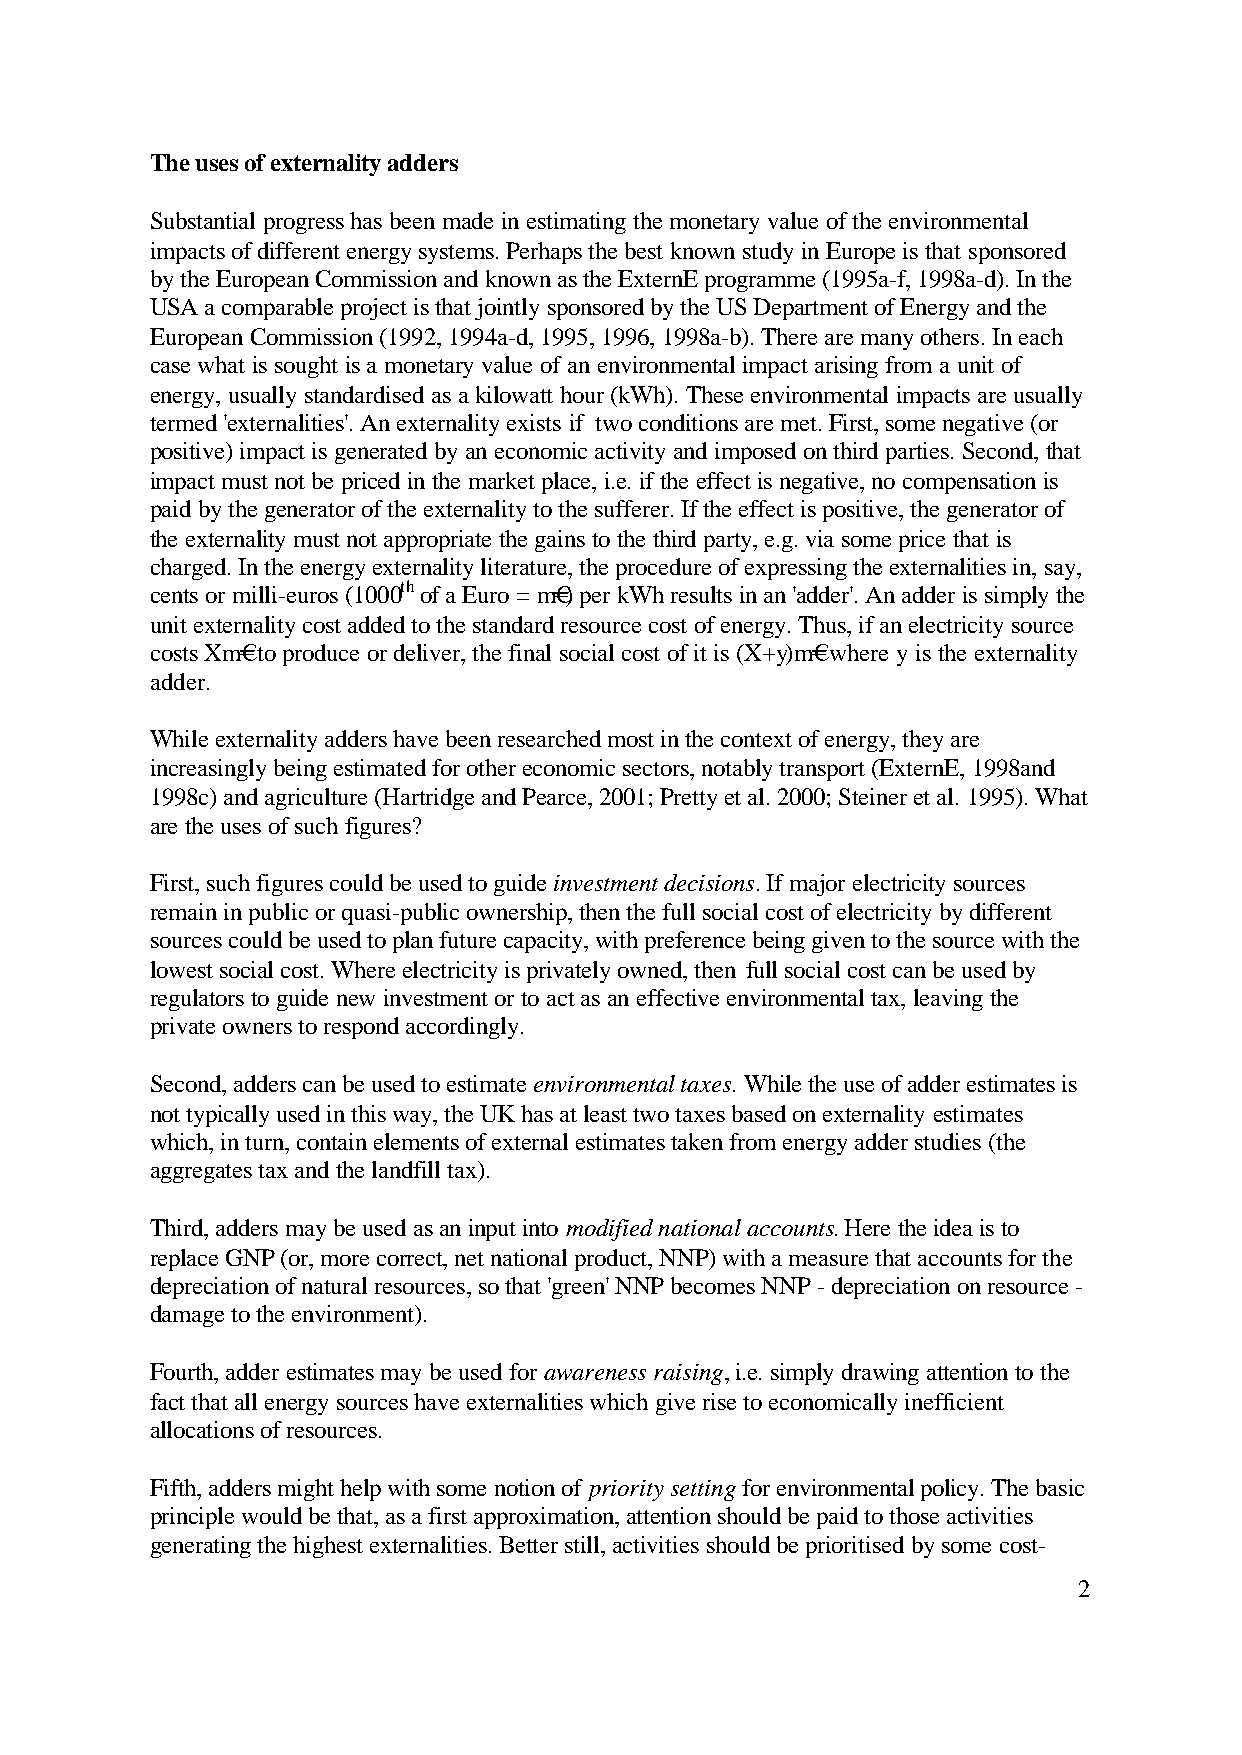
The uses of externality adders
 Substantial progress has been made in estimating the monetary value of the environmental
 impacts of different energy systems. Perhaps the best known study in Europe is that sponsored
 by the European Commission and known as the ExternE programme (1995a-f, 1998a-d). In the
 USA a comparable project is that jointly sponsored by the US Department of Energy and the
 European Commission (1992, 1994a-d, 1995, 1996, 1998a-b). There are many others. In each
 case what is sought is a monetary value of an environmental impact arising from a unit of
 energy, usually standardised as a kilowatt hour (kWh). These environmental impacts are usually
 termed 'externalities'. An externality exists if two conditions are met. First, some negative (or
 positive) impact is generated by an economic activity and imposed on third parties. Second, that
 impact must not be priced in the market place, i.e. if the effect is negative, no compensation is
 paid by the generator of the externality to the sufferer. If the effect is positive, the generator of
 the externality must not appropriate the gains to the third party, e.g. via some price that is
 charged. In the energy externality literature, the procedure of expressing the externalities in, say,
 cents or milli-euros (1000th of a Euro = m)€ per kWh results in an 'adder'. An adder is simply the
 unit externality cost added to the standard resource cost of energy. Thus, if an electricity source
 costs Xm €to produce or deliver, the final social cost of it is (X+y )m € where y is the externality
 adder.
 While externality adders have been researched most in the context of energy, they are
 increasingly being estimated for other economic sectors, notably transport (ExternE, 1998and
 1998c) and agriculture (Hartridge and Pearce, 2001; Pretty et al. 2000; Steiner et al. 1995). What
 are the uses of such figures?
 First, such figures could be used to guide investment decisions. If major electricity sources
 remain in public or quasi-public ownership, then the full social cost of electricity by different
 sources could be used to plan future capacity, with preference being given to the source with the
 lowest social cost. Where electricity is privately owned, then full social cost can be used by
 regulators to guide new investment or to act as an effective environmental tax, leaving the
 private owners to respond accordingly.
 Second, adders can be used to estimate environmental taxes. While the use of adder estimates is
 not typically used in this way, the UK has at least two taxes based on externality estimates
 which, in turn, contain elements of external estimates taken from energy adder studies (the
 aggregates tax and the landfill tax).
 Third, adders may be used as an input into modified national accounts. Here the idea is to
 replace GNP (or, more correct, net national product, NNP) with a measure that accounts for the
 depreciation of natural resources, so that 'green' NNP becomes NNP - depreciation on resource -
 damage to the environment).
 Fourth, adder estimates may be used for awareness raising, i.e. simply drawing attention to the
 fact that all energy sources have externalities which give rise to economically inefficient
 allocations of resources.
 Fifth, adders might help with some notion of priority setting for environmental policy. The basic
 principle would be that, as a first approximation, attention should be paid to those activities
 generating the highest externalities. Better still, activities should be prioritised by some cost-
 2